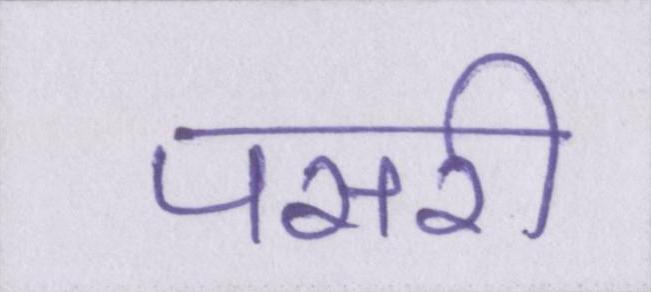
पसरी